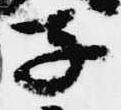
子